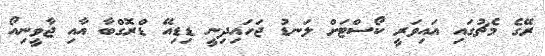
ރޭގެ މެޗުގައި އައިވަރީ ކޯސްޓަށް ލަނޑު ޖަހައިދިނީ ޑިޑިއޭ ޑްރޮގްބާ އާއި ޖާވީނިއޯ